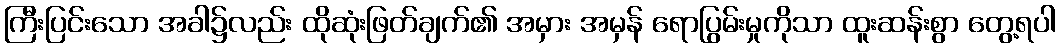
ကြီးပြင်းသော အခါ၌လည်း ထိုဆုံးဖြတ်ချက်၏ အမှား အမှန် ရောပြွမ်းမှုကိုသာ ထူးဆန်းစွာ တွေ့ရပါ